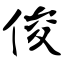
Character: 俊